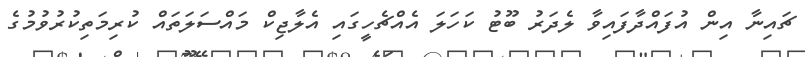
ޗައިނާ އިން އުފައްދާފައިވާ ލެދަރު ބޫޓު ކަހަލަ އެއްޗެހީގައި އެލާޖިކް މައްސަލަތައް ކުރިމަތިކުރުވުމުގެ